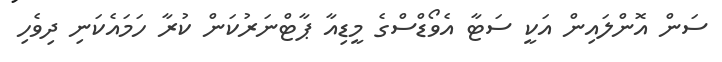
ސަން އޮންލައިން އަކީ ސަޓާ އެވޯޑްސްގެ މީޑިއާ ޕާޓްނަރުކަން ކުރާ ހަމައެކަނި ދިވެހި